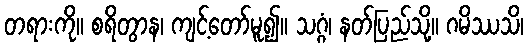
တရားကို။ စရိတွာန၊ ကျင့်တော်မူ၍။ သဂ္ဂံ၊ နတ်ပြည်သို့။ ဂမိဿသိ၊